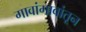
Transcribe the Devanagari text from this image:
गावांगावांतून